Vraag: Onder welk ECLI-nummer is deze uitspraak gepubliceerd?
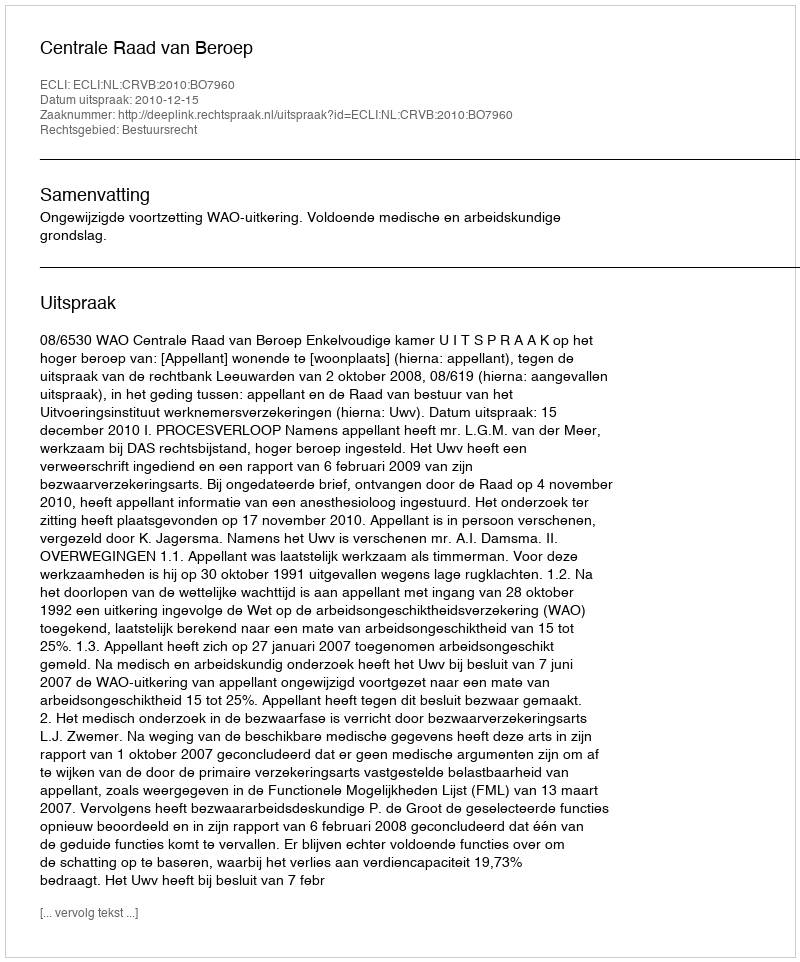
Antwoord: ECLI:NL:CRVB:2010:BO7960